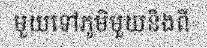
មួយទៅភូមិមួយនិងពី